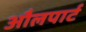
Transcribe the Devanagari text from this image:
औलपार्ट